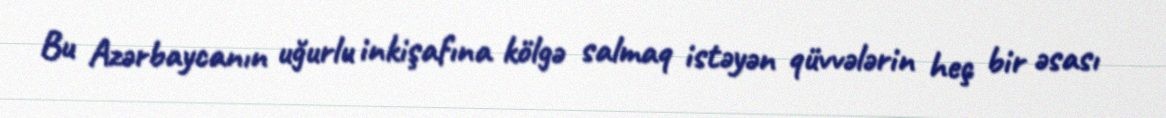
Bu Azərbaycanın uğurlu inkişafına kölgə salmaq istəyən qüvvələrin heç bir əsası